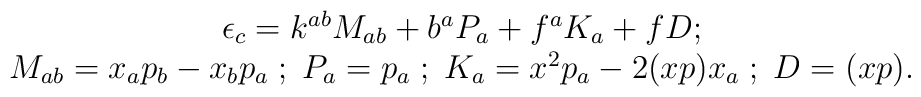
\begin{array}{c}  \epsilon_{c}=k^{ab} M_{ab} + b^a P_a + f^a K_a +f D; \\M_{ab}=x_a p_b -x_b p_a\;;\; P_a=p_a\;;\;K_a=x^2p_a-2(xp)x_a\;;\; D=(xp).\end{array}